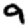
Digit: 9